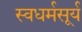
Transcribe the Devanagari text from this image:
स्वधर्मसूर्य